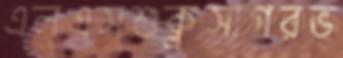
এলএসশুক্লসাগরভ